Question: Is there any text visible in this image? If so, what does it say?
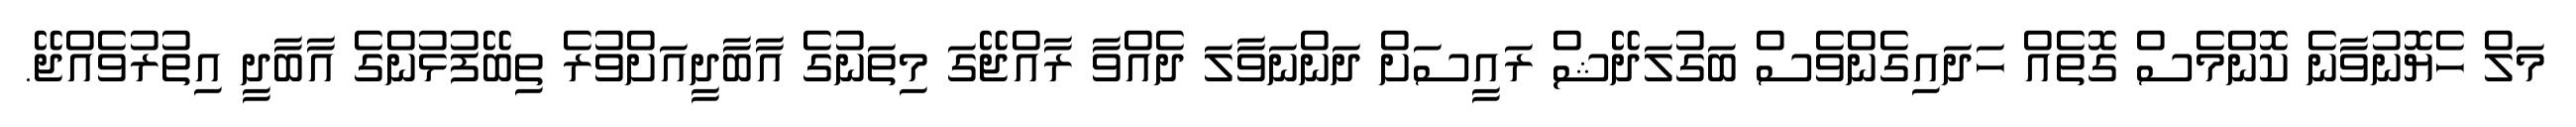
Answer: މަލް ހެޔޮނުވާނެ ކޮންމެސް ގޮތެއް ހަދައިގެންވެސް ބަގުލަދޭޝް ރައީސަށް ދަންނަވާލަ ދެއްވާ ރާއްޖޭގަ މިތަނުގެ އާބާދީއަށްވުރެ ތިބޭފުޅުންގެ އާބާދީ އިތުރުވެއްޖޭ.